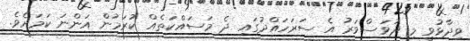
ވިދާޅުވީ މި ދުވަސްވަރު އެ ސަރަހައްދުގައި ދެ މަސައްކަތެއް ކުރަމުން އަންނަ ކަމަށެވެ.